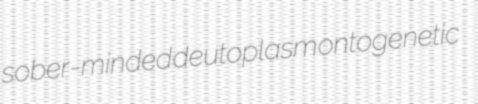
sober-minded deutoplasm ontogenetic